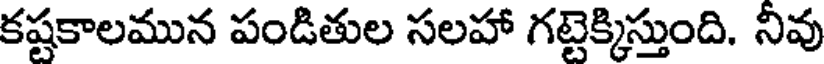
కష్టకాలమున పండితుల సలహా గట్టెక్కిస్తుంది. నివు